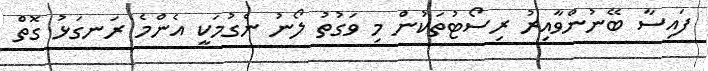
ފައިސާ ބޭނުންވާއިރު ރިސޯޓުތަކުން މި ވަގުތު ލޯނު ނެގުމަކީ އެންމެ ރަނގަޅު ގޮތް